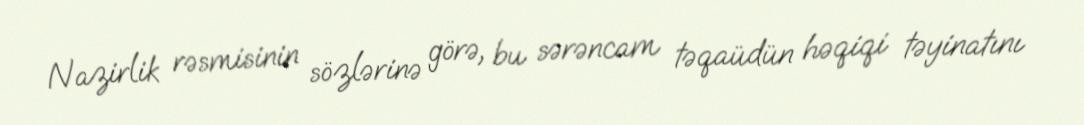
Nazirlik rəsmisinin sözlərinə görə, bu sərəncam təqaüdün həqiqi təyinatını